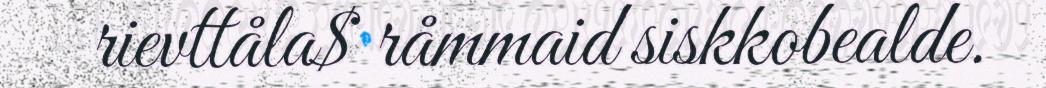
rievttåla$ råmmaid siskkobealde.